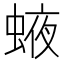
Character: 𧌊